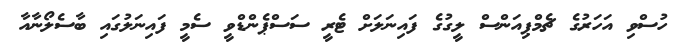
ހުސްވި އަހަރުގެ ޗެމްޕިއަންސް ލީގުގެ ފައިނަލަށް ޓެރީ ސަސްޕެންޑްވީ ސެމީ ފައިނަލުގައި ބާސެލޯނާއާ